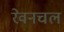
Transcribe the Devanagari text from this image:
रेवनचल